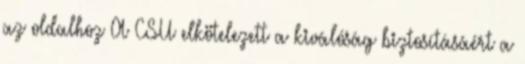
az oldalhoz A CSU elkötelezett a kiválóság biztosításáért a